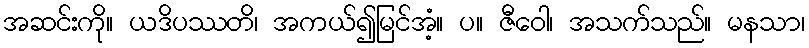
အဆင်းကို။ ယဒိပဿတိ၊ အကယ်၍မြင်အံ့။ ပ။ ဇီဝေါ၊ အသက်သည်။ မနသာ၊